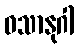
ဝသာနုဂါ